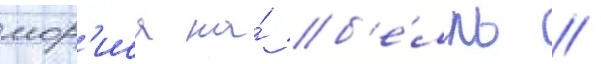
мор'иса на́ б'е́лль //